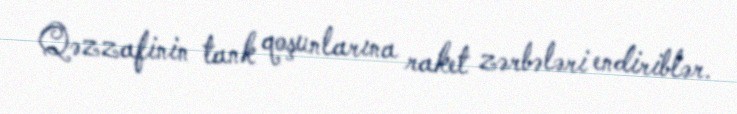
Qəzzafinin tank qoşunlarına raket zərbələri endiriblər.